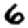
Digit: 6